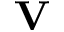
\textbf { V }